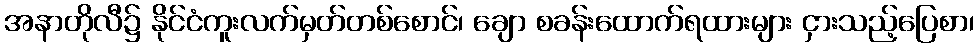
အနာတိုလီ၌ နိုင်ငံကူးလက်မှတ်တစ်စောင်၊ ချော စခန်းထောက်ရထားများ ငှားသည့်ပြေစာ၊